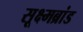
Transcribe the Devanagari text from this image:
सूक्ष्मब्रांड